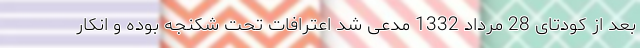
بعد از کودتای 28 مرداد 1332 مدعی شد اعترافات تحت شکنجه بوده و انکار